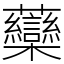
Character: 虊